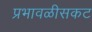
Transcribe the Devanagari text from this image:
प्रभावळीसकट